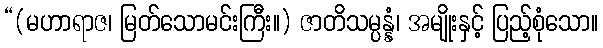
“(မဟာရာဇ၊ မြတ်သောမင်းကြီး။) ဇာတိသမ္ပန္နံ၊ အမျိုးနှင့် ပြည့်စုံသော။